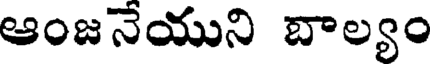
ఆంజనేయుని బాల్యం